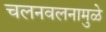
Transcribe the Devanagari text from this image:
चलनवलनामुळे